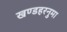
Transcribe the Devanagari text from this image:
खण्डहरनुमा